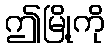
ဤမြို့ကို